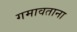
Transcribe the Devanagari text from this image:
गमावताना